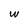
Character: W